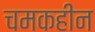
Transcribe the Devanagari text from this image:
चमकहीन